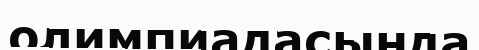
олимпиадасында